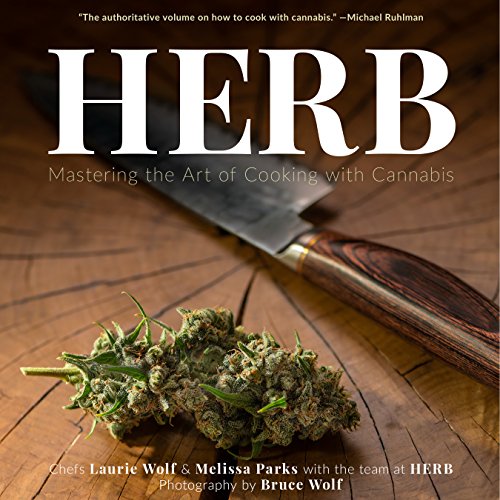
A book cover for Herb: Mastering the Art of Cooking with Cannabis; The Stoner's Cookbook; Cookbooks, Food & Wine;